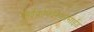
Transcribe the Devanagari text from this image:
साईक्लोफॉस्फोमाईड